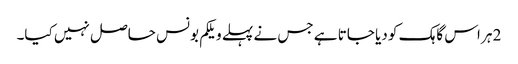
2 ہر اس گاہک کو دیا جاتا ہے جس نے پہلے ویلکم بونس حاصل نہیں کیا۔